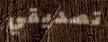
تصديقي